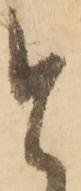
と